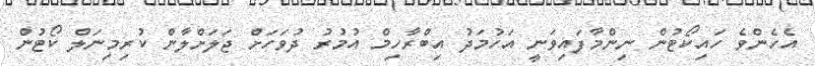
އެހެންވެ ހައިކޯޓުން ނިންމާފައިވަނީ އަހުމަދު އިބްރާހިމް އުމުރު ދުވަހަށް ޖަލަށްލާން ކުރިމިނަލް ކޯޓުން